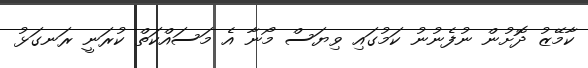
ކާމޭޒު ދޮށުން ނުފެނުނު ކަމުގައި ވިޔަސް މޯނާ އެ މަސައްކަތް ކުރަނީ ރަނގަޅު